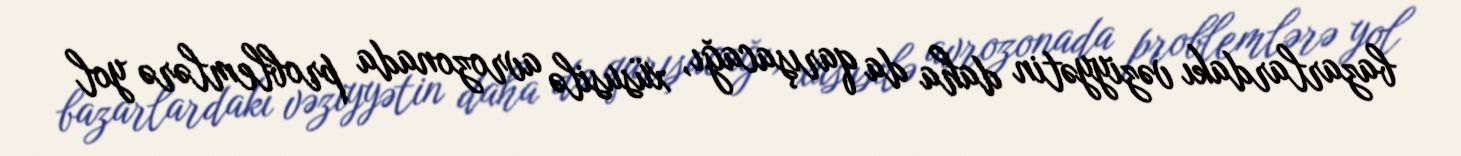
bazarlardakı vəziyyətin daha da qarışacağı, xüsusilə avrozonada problemlərə yol